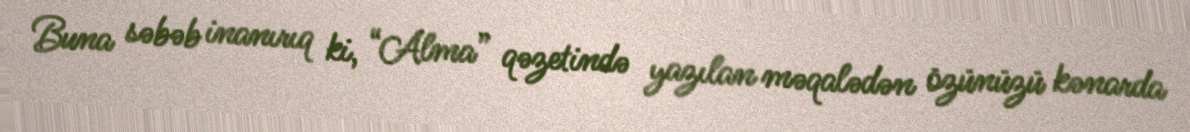
Buna səbəb inanırıq ki, “Alma” qəzetində yazılan məqalədən özünüzü kənarda